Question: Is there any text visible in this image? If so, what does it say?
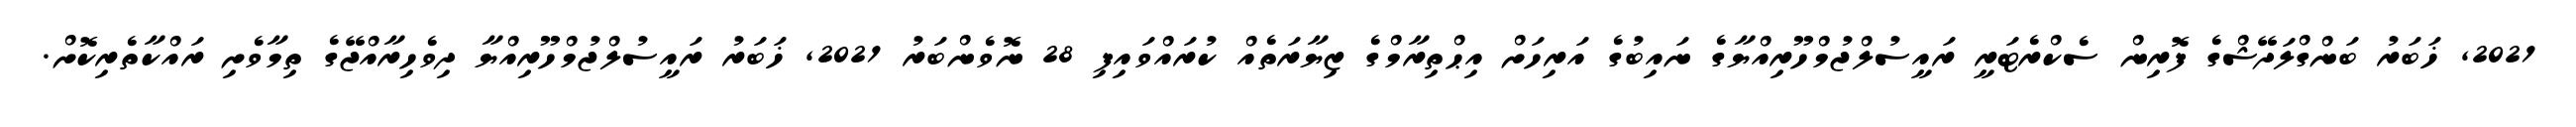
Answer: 2021, ޚަބަރު ބަންގްލަދޭޝްގެ ފޮރިން ސެކްރެޓަރީ ރައީސުލްޖުމްހޫރިއްޔާގެ ނައިބުގެ އަރިހަށް އިޙްތިރާމްގެ ޒިޔާރަތެއް ކުރައްވައިފި 28 ނޮވެންބަރު 2021, ޚަބަރު ރައީސުލްޖުމްހޫރިއްޔާ ދިވެހިރާއްޖޭގެ ތިމާވެށި ރައްކާތެރިކޮށް.